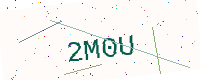
Text: 2M0U